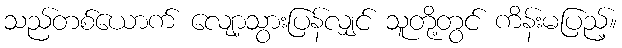
သည်တစ်ယောက် လျော့သွားပြန်လျှင် သူတို့တွင် ကိန်းမပြည့်။